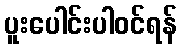
ပူးပေါင်းပါဝင်ရန်